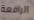
الرافعة